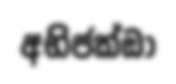
අභිජක්ඞා